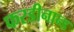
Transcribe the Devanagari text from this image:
फरडीनान्ड